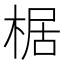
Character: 椐